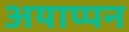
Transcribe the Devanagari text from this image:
अयाप्पन